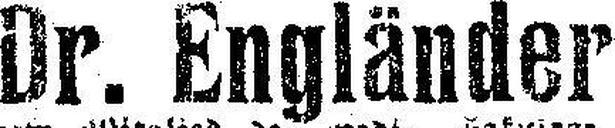
Dr. Engländer